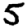
Digit: 5